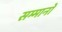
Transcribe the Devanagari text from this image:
सम्मानो